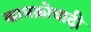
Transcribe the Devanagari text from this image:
कामक्रोधादी